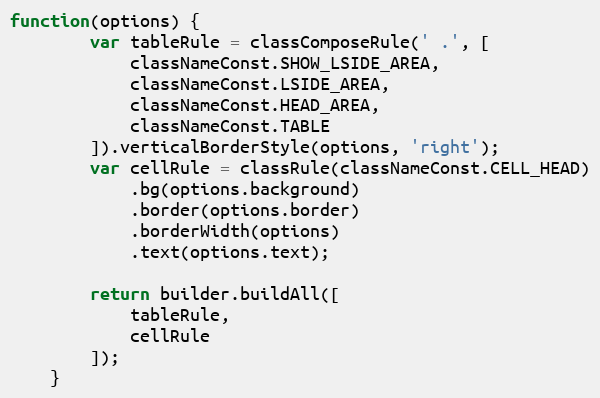
Language: JavaScript
function(options) {
        var tableRule = classComposeRule(' .', [
            classNameConst.SHOW_LSIDE_AREA,
            classNameConst.LSIDE_AREA,
            classNameConst.HEAD_AREA,
            classNameConst.TABLE
        ]).verticalBorderStyle(options, 'right');
        var cellRule = classRule(classNameConst.CELL_HEAD)
            .bg(options.background)
            .border(options.border)
            .borderWidth(options)
            .text(options.text);

        return builder.buildAll([
            tableRule,
            cellRule
        ]);
    }